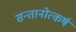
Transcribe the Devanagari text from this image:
सन्तानोत्कर्ष